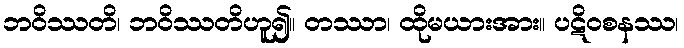
ဘဝိဿတိ၊ ဘဝိဿတိဟူ၍။ တဿာ၊ ထိုမယားအား။ ပဋိဝစနဿ၊